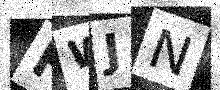
Text: HWJN